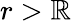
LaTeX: r>\mathbb{R}